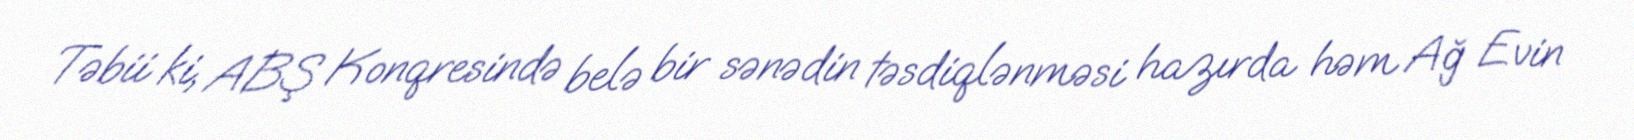
Təbii ki, ABŞ Konqresində belə bir sənədin təsdiqlənməsi hazırda həm Ağ Evin